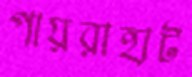
পায়রাহাট